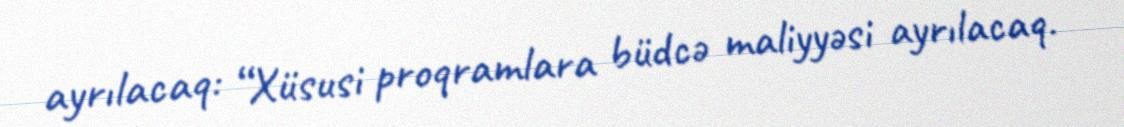
ayrılacaq: “Xüsusi proqramlara büdcə maliyyəsi ayrılacaq.